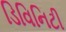
ડિવિનિટી